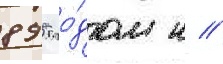
895 го́дом н //